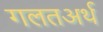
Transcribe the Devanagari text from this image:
गलतअर्थ